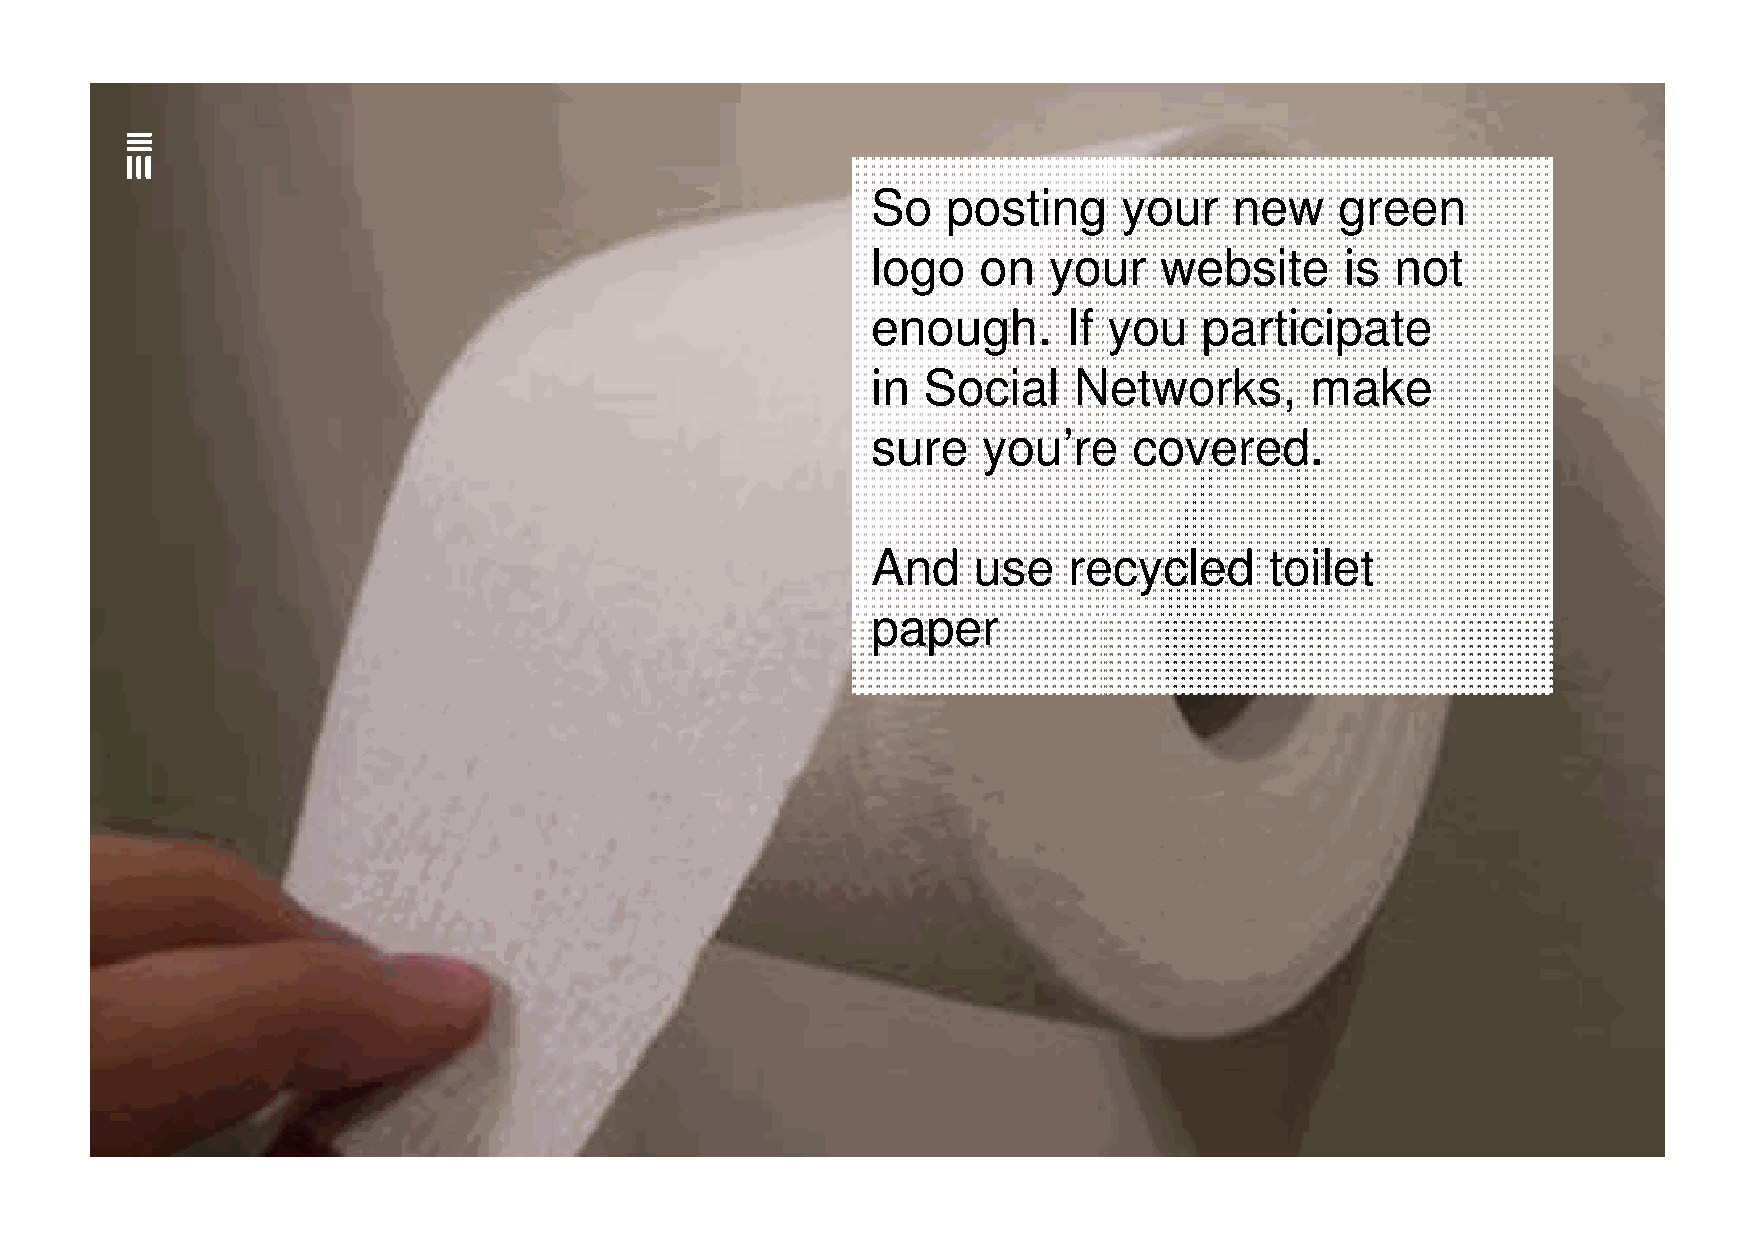
So   posting    your    new    green
 logo   on  your    website     is not
 enough.      If you   participate
 in Social    Networks,       make
 sure   you’re    covered.
 And   use    recycled     toilet
 ppaappeerr